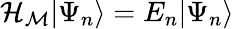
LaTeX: {\cal H_{M}}|\Psi_{n}\rangle=E_{n}|\Psi_{n}\rangle